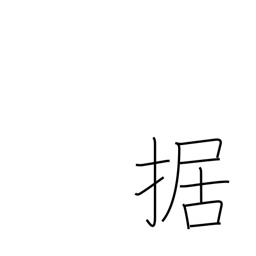
Meaning: equip